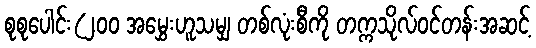
စုစုပေါင်း(၂၀၀ အမွှေးဟူသမျှ တစ်လုံးစီကို တက္ကသိုလ်ဝင်တန်းအဆင့်